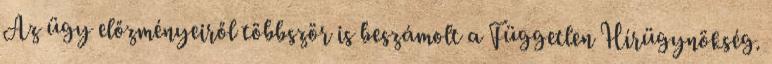
Az ügy előzményeiről többször is beszámolt a Független Hírügynökség.